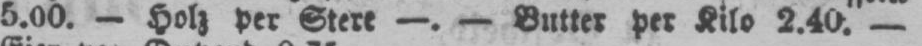
per Kilo 2.40. -